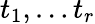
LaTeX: t_{1},\ldots t_{r}